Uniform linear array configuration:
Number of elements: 8
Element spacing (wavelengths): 0.25
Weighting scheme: kaiser
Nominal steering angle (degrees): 0
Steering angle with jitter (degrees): -0.1396
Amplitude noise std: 0.05
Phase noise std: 0.05

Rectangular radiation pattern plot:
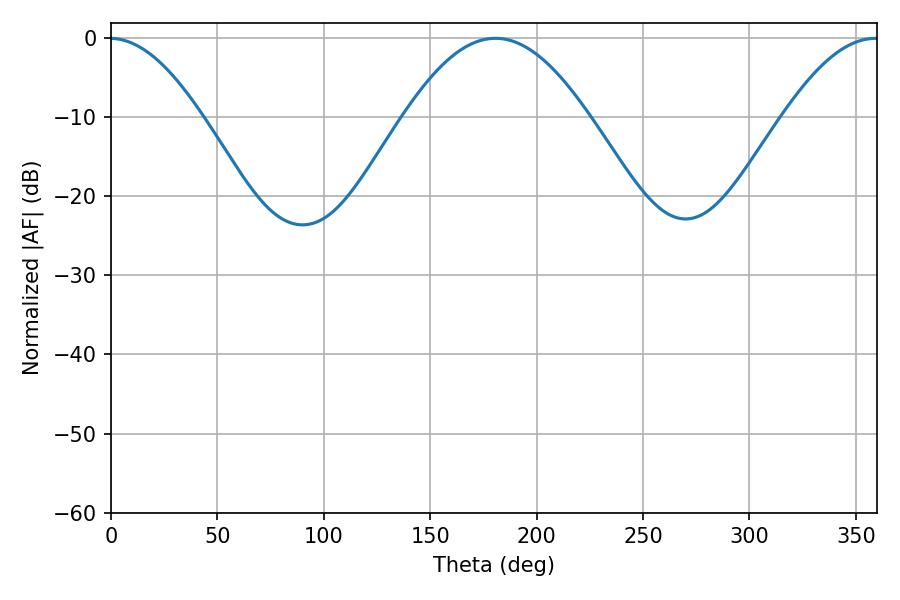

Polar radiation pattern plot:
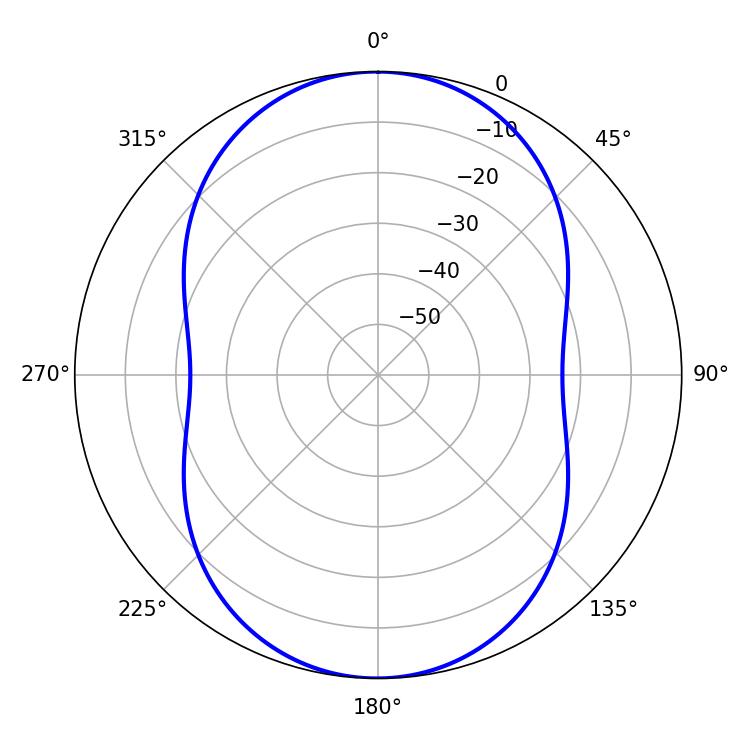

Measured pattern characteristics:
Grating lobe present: FALSE
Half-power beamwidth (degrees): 47.16
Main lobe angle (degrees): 180.72